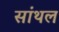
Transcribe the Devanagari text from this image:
सांथल